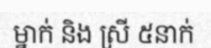
ម្នាក់ និង ស្រី ៥នាក់